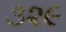
૩૨૯